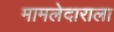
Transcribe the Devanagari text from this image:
मामलेदाराला